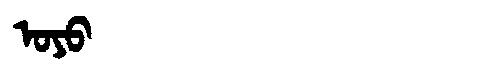
Manchu: ᠣᠶᠣ
Romanization: OYO